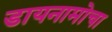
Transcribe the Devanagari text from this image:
डायनामोचा